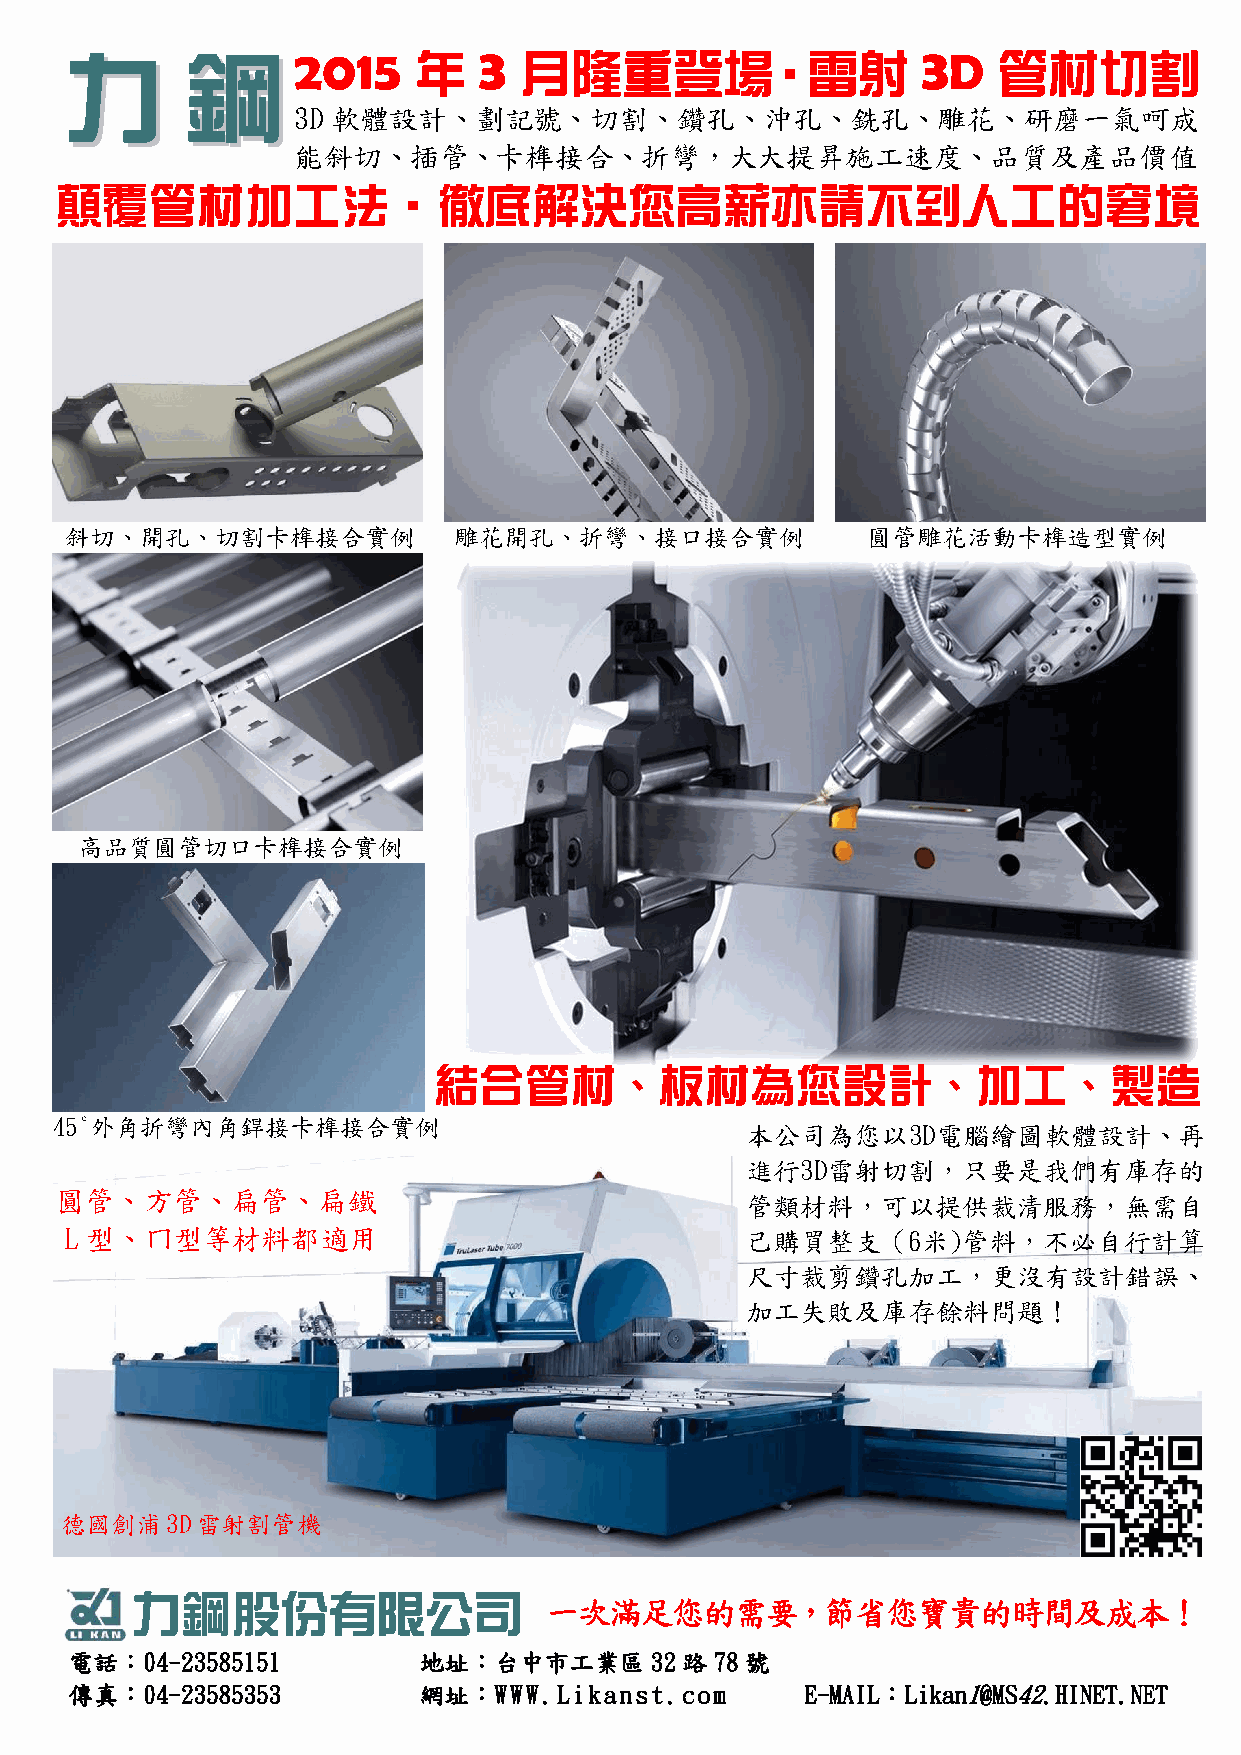
力力      鋼鋼2015         年    3 月隆重登場‧雷射                   3 D  管材切割
 3D 軟體設計、劃記號、切割、鑽孔、              沖孔、銑孔、雕花、研磨一氣呵成
 能斜切、插管、卡榫接合、折彎，大大提昇施工速度、品質及產品價值
 顛覆管材加工法‧徹底解決您高薪亦請不到人工的窘境
 22  001144
 斜切、開孔、切割卡榫接合實例            雕花開孔、折彎、接口接合實例             圓管雕花活動卡榫造型實例
 高品質圓管切口卡榫接合實例
 結合管材、板材為您設計、加工、製造
 45°外角折彎內角銲接卡榫接合實例
 本公司為您以3D電腦繪圖軟體設計、再
 進行3D雷射切割，只要是我們有庫存的
 圓管、方管、扁管、扁鐵                                  管類材料，可以提供裁清服務，無需自
 L 型、ㄇ型等材料都適用                                 己購買整支（6米)管料，不必自行計算
 尺寸裁剪鑽孔加工，更沒有設計錯誤、
 加工失敗及庫存餘料問題！
 德國創浦3D雷射割管機
 力鋼股份有限公司
 一次滿足您的需要，節省您寶貴的時間及成本！
 電話：04-23585151         地址：台中市工業區      32路78號
 傳真：04-23585353         網址：WWW.Likanst.com       E-MAIL：Likan1@MS42.HINET.NET